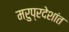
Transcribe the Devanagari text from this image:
मरुप्रदेशांत